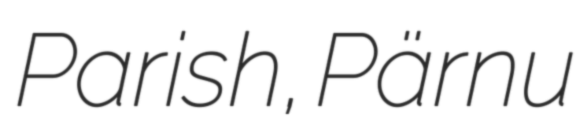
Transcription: Parish, Pärnu